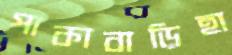
পাকাবাড়িহা